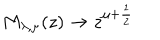
M _ { \lambda , \mu } ( z ) \rightarrow z ^ { \mu + \frac 1 2 }